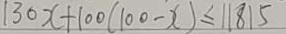
1 3 0 x + 1 0 0 ( 1 0 0 - x ) \leq 1 1 8 1 5